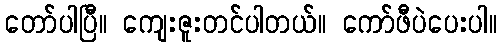
တော်ပါပြီ။ ကျေးဇူးတင်ပါတယ်။ ကော်ဖီပဲပေးပါ။